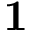
\mathbf { 1 }